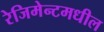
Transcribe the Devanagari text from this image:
रेजिमेन्टमधील